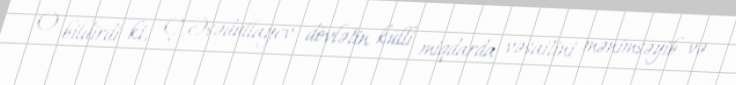
O bildirdi ki, Ç.Əsədullayev dövlətin külli miqdarda vəsaitini mənimsəyib və